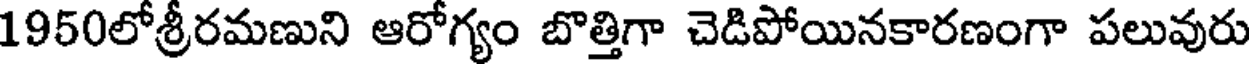
1950లోశ్రీరమణుని ఆరోగ్యం బొత్తిగా చెడిపోయినకారణంగా పలువురు